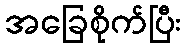
အခြေစိုက်ပြီး